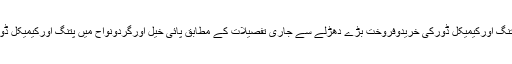
پائی خیل (نامہ نگار)پائی خیل اورگردونواح میں پتنگ اورکیمیکل ڈورکی خریدوفروخت بڑے دھڑلے سے جاری تفصیلات کے مطابق پائی خیل اورگردونواح میں پتنگ اورکیمیکل ڈورکی خریدوفروخت بڑے دھڑلے سے جاری ہے ۔